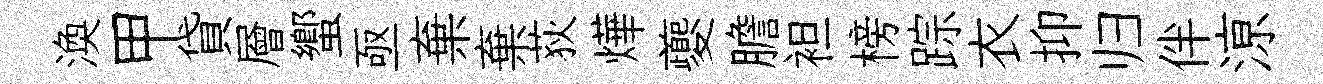
渙甲貸層蠁亟棄棄荻燁夔膽袒榜踪衣抑归伴鿌